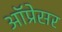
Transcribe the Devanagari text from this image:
ऑप्रेसर